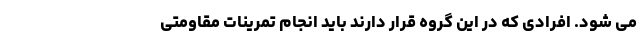
می شود. افرادی که در این گروه قرار دارند باید انجام تمرینات مقاومتی